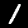
Label: 1